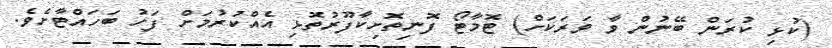
(ކުޅި ކުރަން ބޭނުން ވާ ވަރަކަށް) ޓޮމާޓޯ ފޮނިތޮށިކާފޫރުތޮޅި އެއްކުރުމަށް ފަހު ބަހައްޓާށެވެ.